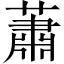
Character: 蕭